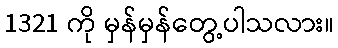
1321 ကို မှန်မှန်တွေ့ပါသလား။